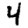
Digit: 4